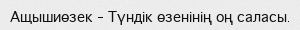
Ащышиөзек – Түндік өзенінің оң саласы.